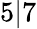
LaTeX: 5|7